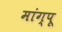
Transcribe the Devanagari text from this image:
मांग्पू